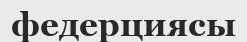
федерциясы